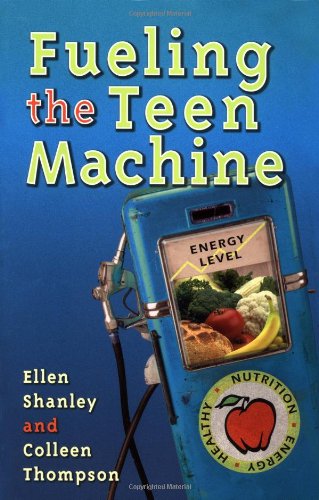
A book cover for Fueling the Teen Machine; Ellen Shanley MBA  RD  CD-N; Teen & Young Adult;